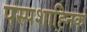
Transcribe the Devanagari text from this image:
पस्पशाह्निक